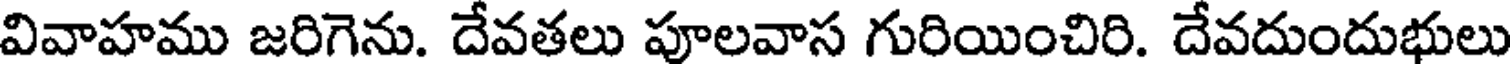
వివాహము జరిగెను. దేవతలు పూలవాస గురియించిరి. దేవదుందుభులు